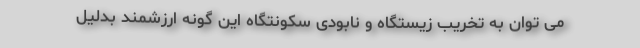
می توان به تخریب زیستگاه و نابودی سکونتگاه این گونه ارزشمند بدلیل